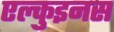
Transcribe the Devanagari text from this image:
एल्कुइनस